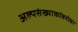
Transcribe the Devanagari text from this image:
अल्पसंख्याकांबरोबर